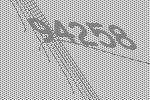
94258